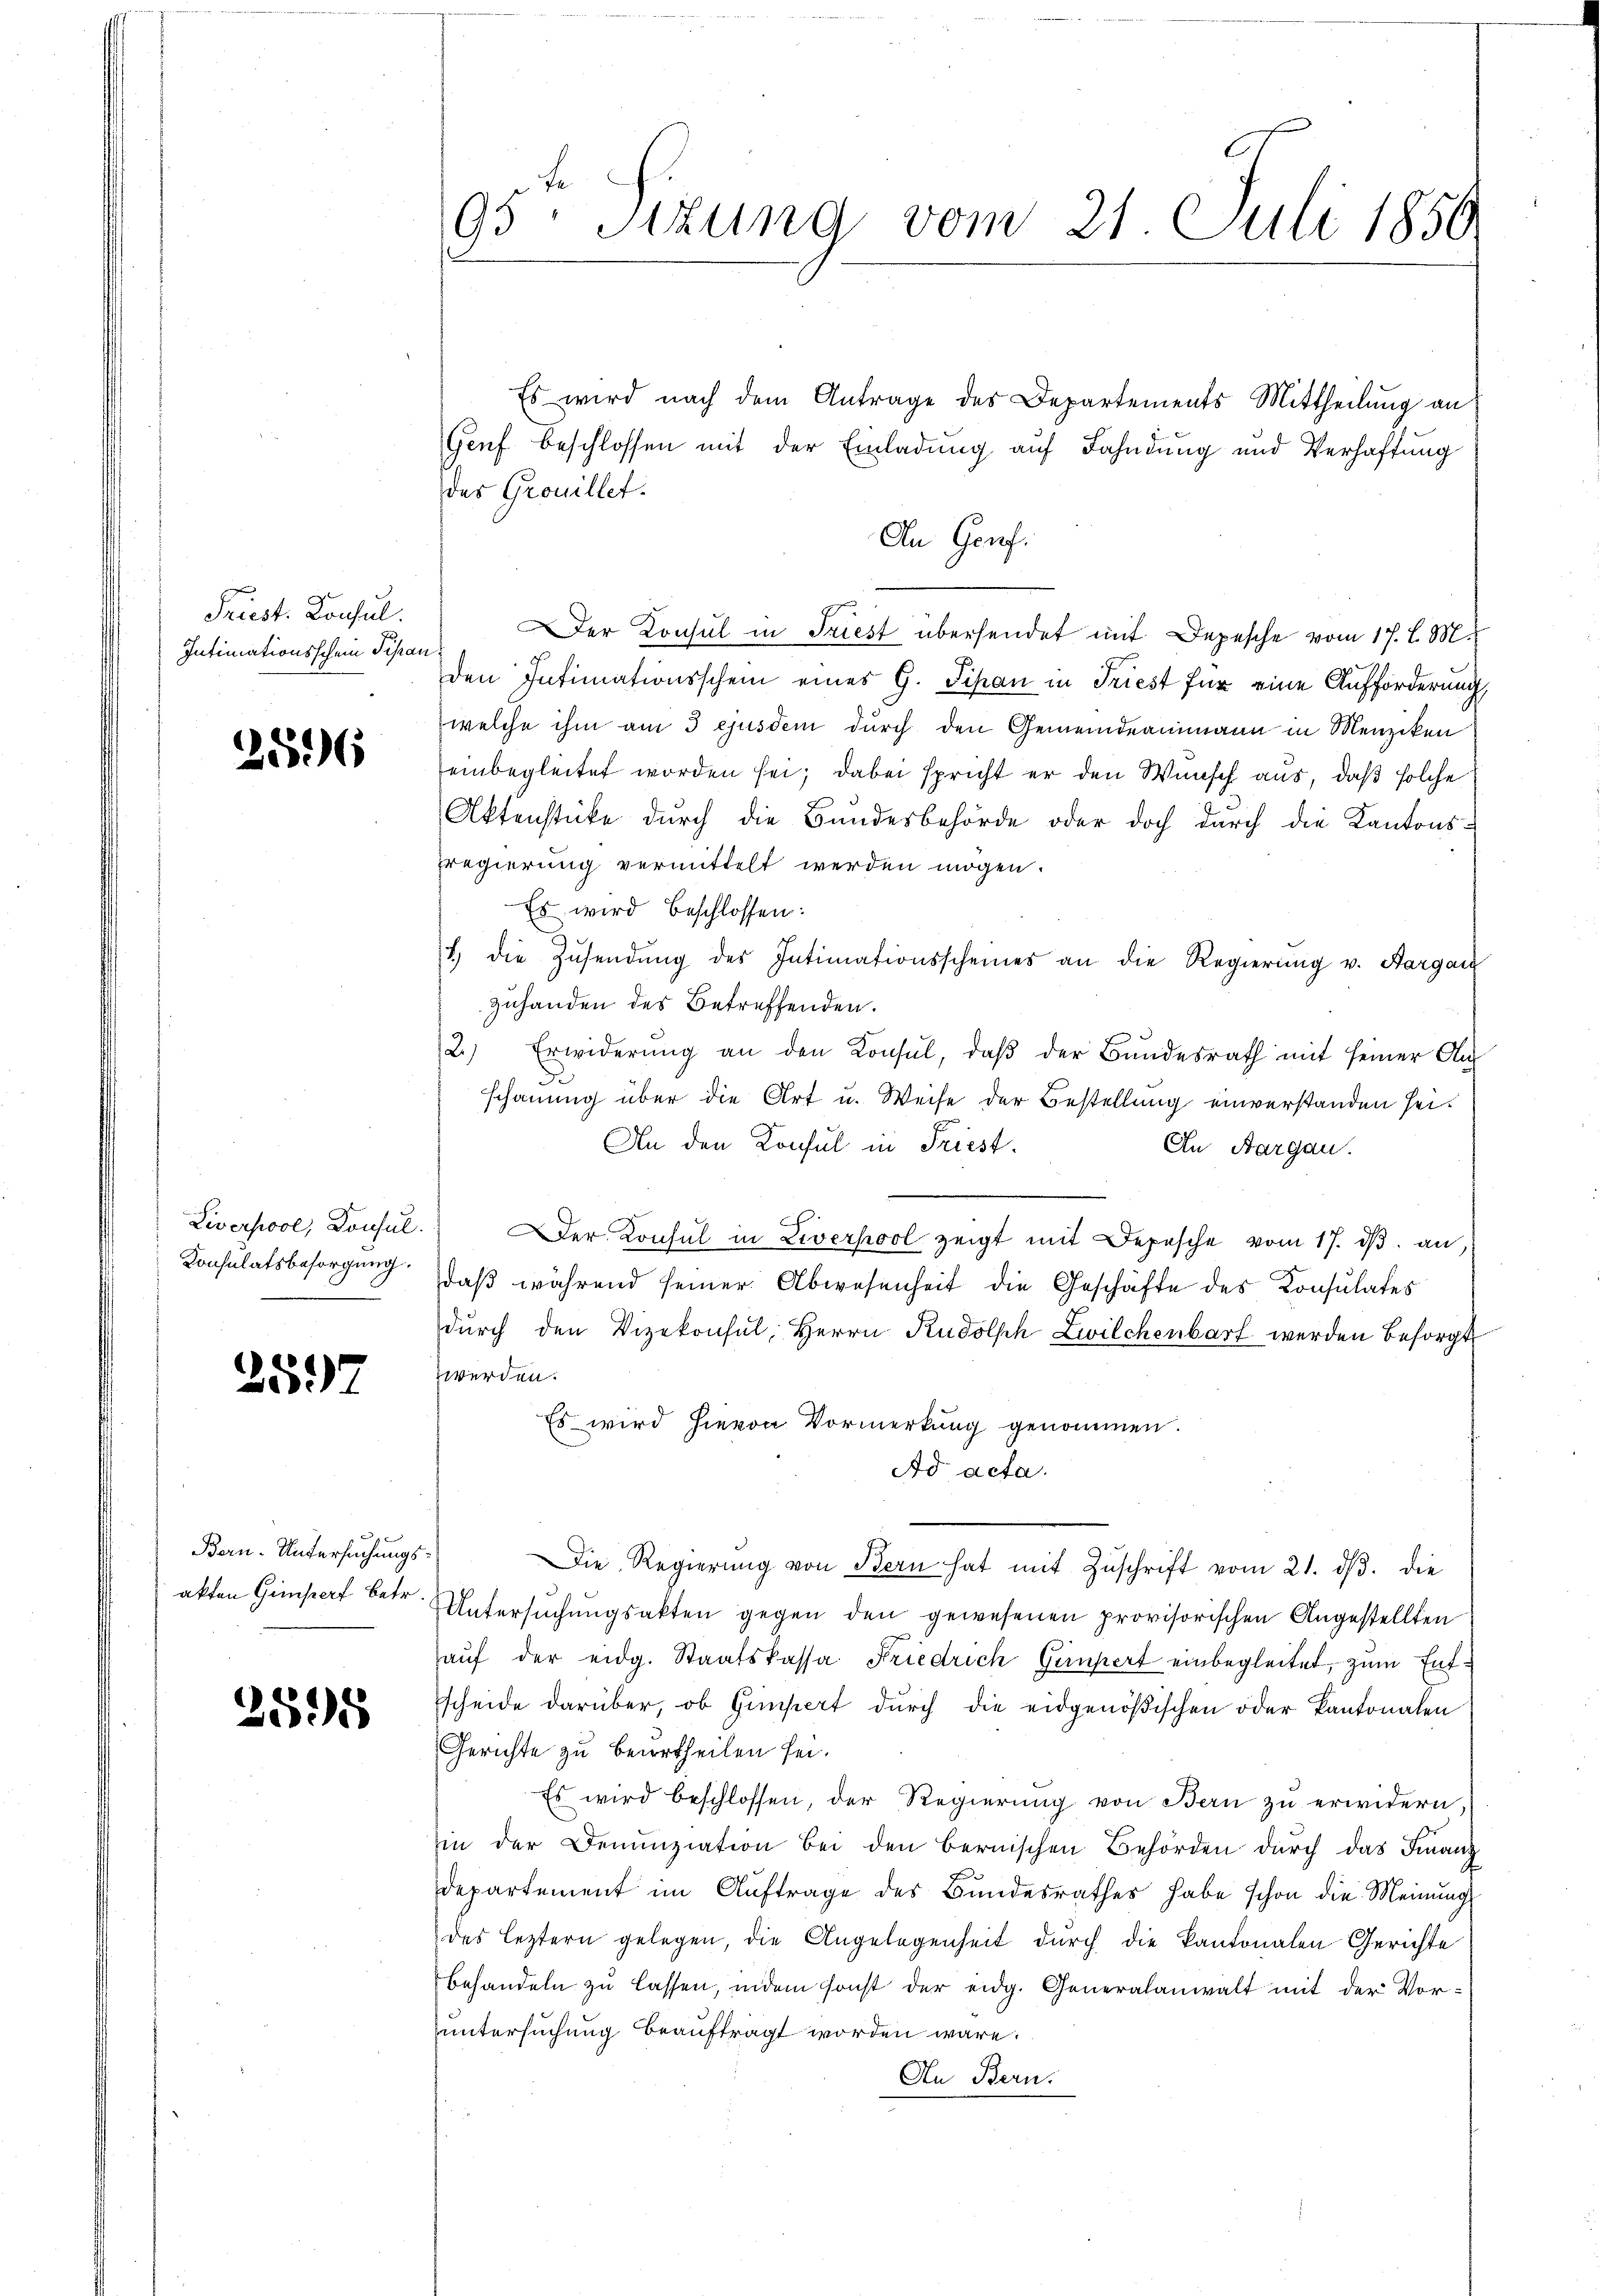
Friest. Konsul
Intimationsschein Tipan

2596

Konsulatsbesorgung.

2597

Bern. Untersuchungsakten Gimperf betr.

2595

95. Sizung vom 21. Juli 1856.

Es wird nach dem Antrage des Departements Mittheilung an
Genf beschlossen mit der Einladung auf Fahndung und Verhaftung
des Grouillet.
An Genf.
Der Konsul in Friest übersendet mit Depesche vom 17. l. M.
e
den Intimationsschein eines G. Sipan in Friest für eine Aufforderung
welche ihm am 3 ejusdem durch den Gemeindeammann in Menziken
einbegleitet worden sei; dabei spricht er den Wunsch aus, daß solche
Aktenstücke durch die Bundesbehörde oder doch durch die Kantons-
rregierung vermittelt werden mögen.
Es wird beschlossen:
1) die Zŭsendŭng des Intimationsscheines an die Regierŭng v. Aargang
zuhanden des Betreffenden.
2.) Erwiderŭng an den Konsul, daβ der Bŭndesrath mit seiner An
schauung über die Art u. Weise der Bestellung einverstanden sei.
An den Konsul in Friest.
In Aargau.
Liverpool, Konsul. Der Konsul in Liverpool zeigt mit Depesche vom 17. dβ an,
daß während seiner Abwesenheit die Geschäfte des Konsulates
dŭrch den Vizekonsul, Herrn Rudolph Zwilchenbarf werden besorgt
zwerden.
Es wird hievon Vormerkung genommen.
Ad acta.
Die Regierŭng von Bern hat mit Zŭschrift vom 21. dβ. die
Untersuchungsakten gegen den gewesenen provisorischen Angestellten
aŭf der eidg. Staatskassa Friedrich Gimpert einbegleitet, zum Entscheide darüber, ob Gimpert durch die eidgenößischen oder Kantonalen
Gerichte zu beurtheilen sei.
Es wird beschlossen, der Regierŭng von Bern zŭ erwidern
in der Denunziation bei den bernischen Behörden durch das Finanz
Departement im Auftrage des Bundesrathes habe schon die Meinung
des leztern gelegen, die Angelegenheit durch die Kantonalen Gerichte
Behandeln zu lassen, indem sonst der eidg. Generalanwalt mit der Vor-
untersuchung beauftragt worden wäre.
An Bern.